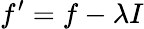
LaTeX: f^{\prime}=f-\lambda I